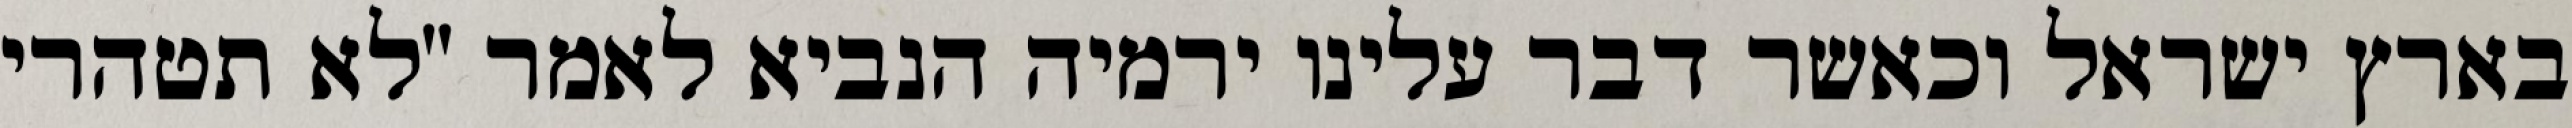
בארץ ישראל וכאשר דבר עלינו ירמיה הנביא לאמר "לא תטהרי